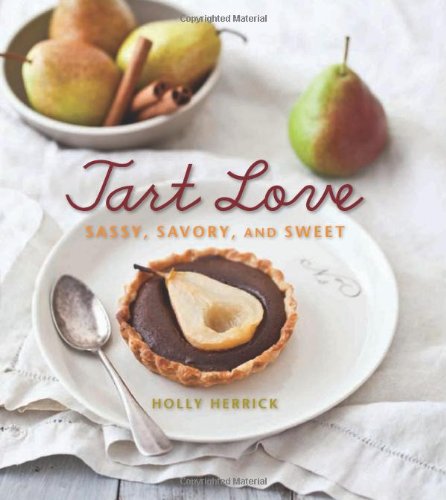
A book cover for Tart Love: Sassy, Savory, and Sweet; Holly Herrick; Cookbooks, Food & Wine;